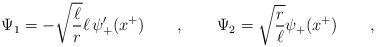
LaTeX: \begin{align*}\Psi_1= - \sqrt{\frac \ell r} \ell \, \psi'_+(x^+) \qquad , \qquad \Psi_2= \sqrt{\frac r \ell} \psi_+(x^+) \qquad ,\end{align*}